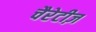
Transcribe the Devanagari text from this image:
चैरेटीज़